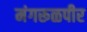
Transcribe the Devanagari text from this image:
मंगरूळपीर